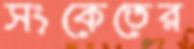
সংকেতের